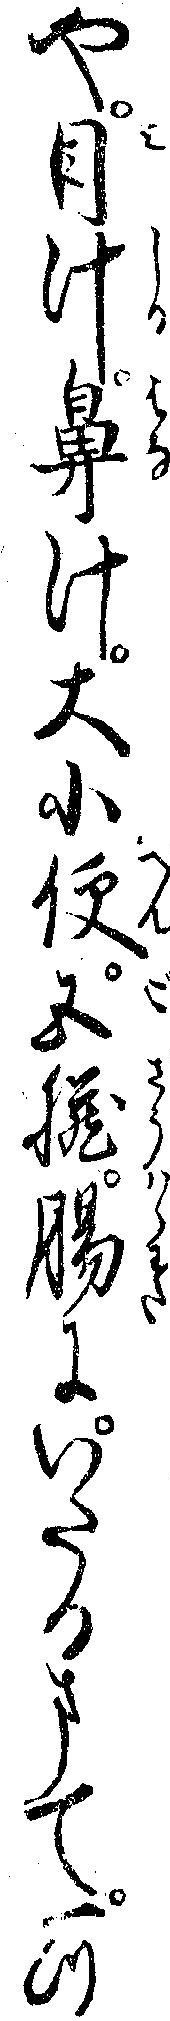
や目汁鼻汁大小便五臓腸にいたるまて一つ